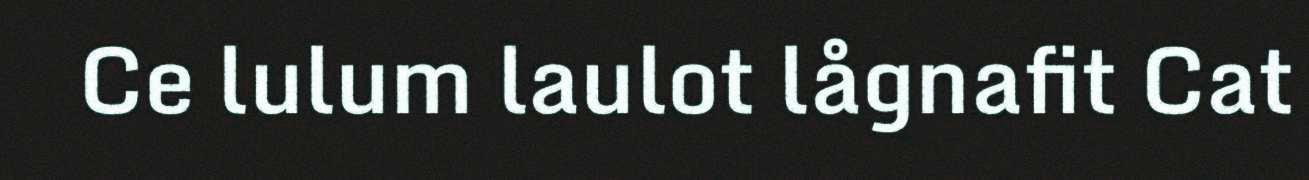
Ce lulum laulot lågnafit Cat